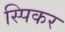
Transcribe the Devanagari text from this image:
स्पिकर